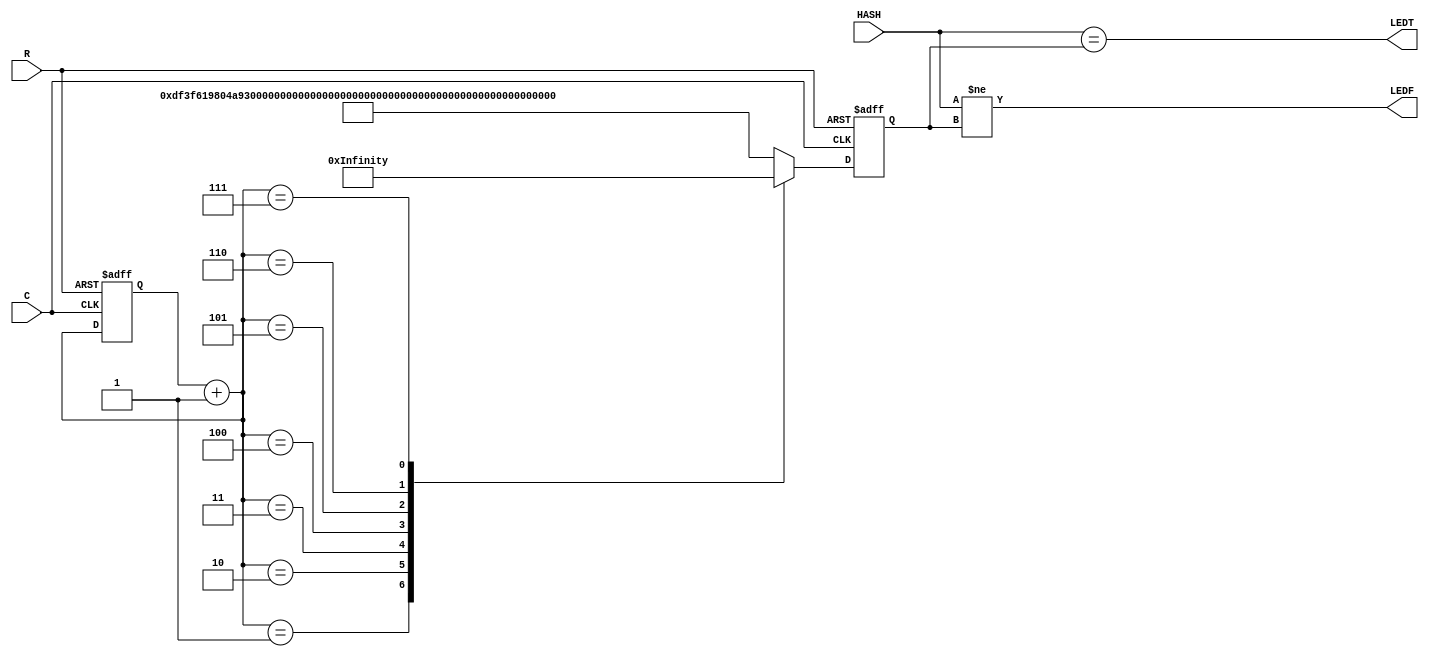
// WARNING: Do NOT edit the input and output ports in this file in a text
// editor if you plan to continue editing the block that represents it in
// the Block Editor! File corruption is VERY likely to occur.

// Copyright (C) 1991-2013 Altera Corporation
// Your use of Altera Corporation's design tools, logic functions
// and other software and tools, and its AMPP partner logic
// functions, and any output files from any of the foregoing
// (including device programming or simulation files), and any
// associated documentation or information are expressly subject
// to the terms and conditions of the Altera Program License
// Subscription Agreement, Altera MegaCore Function License
// Agreement, or other applicable license agreement, including,
// without limitation, that your use is for the sole purpose of
// programming logic devices manufactured by Altera and sold by
// Altera or its authorized distributors.  Please refer to the
// applicable agreement for further details.


// Generated by Quartus II 64-Bit Version 13.0 (Build Build 232 06/12/2013)
// Created on Wed May 12 02:41:07 2021

//  Module Declaration
module Comparator
(
// {{ALTERA_ARGS_BEGIN}} DO NOT REMOVE THIS LINE!
HASH, R, C, LEDT, LEDF
// {{ALTERA_ARGS_END}} DO NOT REMOVE THIS LINE!
);
// Port Declaration

// {{ALTERA_IO_BEGIN}} DO NOT REMOVE THIS LINE!
input 	[0:255]	HASH;
input R;
input C;
output LEDT;
output LEDF;
// {{ALTERA_IO_END}} DO NOT REMOVE THIS LINE!
reg					LEDT;
reg					LEDF;
reg 		[0:255]	TRUE_HASH;
reg		[0:2]		COUNTER;

always @(posedge R or posedge C)
begin
	if (R == 1'b1)
	begin
		COUNTER <= 3'b000;
		TRUE_HASH <= 256'hdf3f619804a92fdb4057192dc43dd748ea778adc52bc498ce80524c014b81119;
	end
	else if (C == 1'b1)
	begin
		COUNTER = COUNTER + 1;
		case (COUNTER)
		3'b001: 	TRUE_HASH <= 256'hb40711a88c7039756fb8a73827eabe2c0fe5a0346ca7e0a104adc0fc764f528d;
		3'b010:	TRUE_HASH <= 256'hb2ed992186a5cb19f6668aade821f502c1d00970dfd0e35128d51bac4649916c;
		3'b011:	TRUE_HASH <= 256'h7a60030ee7988e0303d7aa0468de714a2dcf7196951a2da1fca66743257ea0cd;
		3'b100:	TRUE_HASH <= 256'h19dcffd4fdfd1187cf70b77b94b60bddb70bddc3c04ae8093ccdc283333ed18a;
		3'b101:	TRUE_HASH <= 256'had95131bc0b799c0b1af477fb14fcf26a6a9f76079e48bf090acb7e8367bfd0e;
		3'b110: 	TRUE_HASH <= 256'hfb64bd969a3579cbc8e0c5f1f7af1a334a2b77f346c5a62e87aa7204753b2445;
		3'b111:	TRUE_HASH <= 256'hdbed14ceb001d110d766b9013d3b5bbffad6915475a9ba07932d2ac057944c04;
		default: TRUE_HASH <= 256'hdf3f619804a92fdb4057192dc43dd748ea778adc52bc498ce80524c014b81119;
		endcase
	end	
end

always @(HASH or TRUE_HASH)
begin
	LEDT <= (HASH == TRUE_HASH);
	LEDF <= (HASH != TRUE_HASH);
end

endmodule